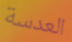
العدسة